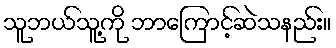
သူဘယ်သူ့ကို ဘာကြောင့်ဆဲသနည်း။